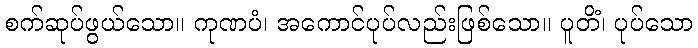
စက်ဆုပ်ဖွယ်သော။ ကုဏပံ၊ အကောင်ပုပ်လည်းဖြစ်သော။ ပူတိံ၊ ပုပ်သော